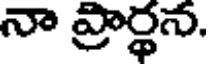
నా ప్రార్థన.